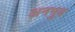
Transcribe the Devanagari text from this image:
अनभुव